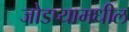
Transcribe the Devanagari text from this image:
जोडप्यामधील